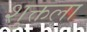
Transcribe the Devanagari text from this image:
शुक्तला